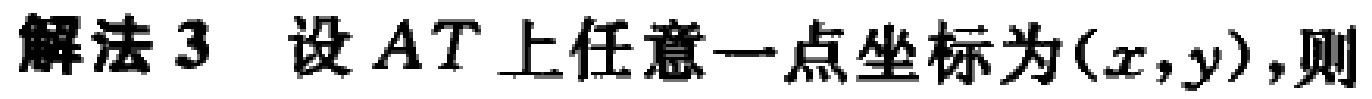
解法 3 设 \(AT\)上任意一点坐标为\((x,y)\),则